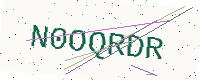
Text: N0OQRDR